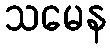
သမေန